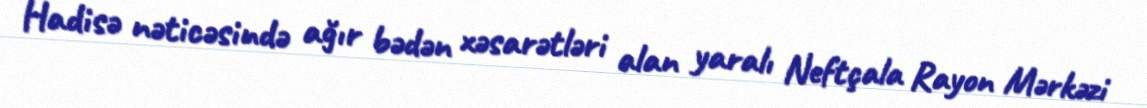
Hadisə nəticəsində ağır bədən xəsarətləri alan yaralı Neftçala Rayon Mərkəzi